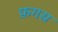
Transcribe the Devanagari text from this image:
फ़गस